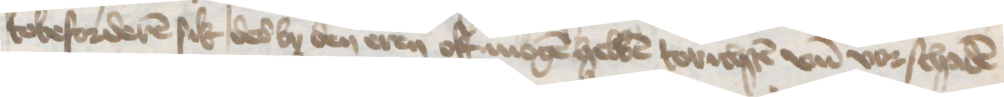
tobeforderen sik des by den eren ok mogen hebben torichten vnd vorschaden